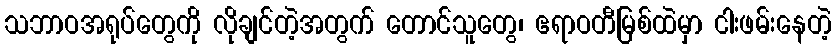
သဘာဝအရုပ်တွေကို လိုချင်တဲ့အတွက် တောင်သူတွေ၊ ဧရာဝတီမြစ်ထဲမှာ ငါးဖမ်းနေတဲ့